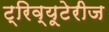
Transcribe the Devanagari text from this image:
ट्रिव्यूटेरीज